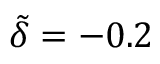
\tilde { \delta } = - 0 . 2